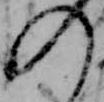
の